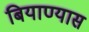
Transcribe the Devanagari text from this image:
बियाण्यास